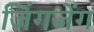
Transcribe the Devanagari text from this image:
जिंगजेंग